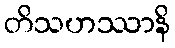
တိသဟဿာနိ